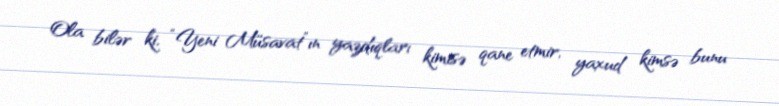
Ola bilər ki, “Yeni Müsavat”ın yazdıqları kimisə qane etmir, yaxud kimsə bunu